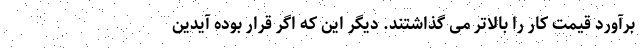
برآورد قیمت کار را بالاتر می گذاشتند. دیگر این که اگر قرار بوده آیدین